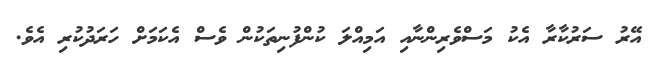
އޭރު ސަރުކާރާ އެކު މަސްވެރިންނާއި އަމިއްލަ ކުންފުނިތަކުން ވެސް އެކަމަށް ހަރަދުކުރި އެވެ.